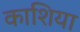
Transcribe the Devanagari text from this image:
काशिया